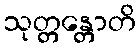
သုတ္တန္တောတိ